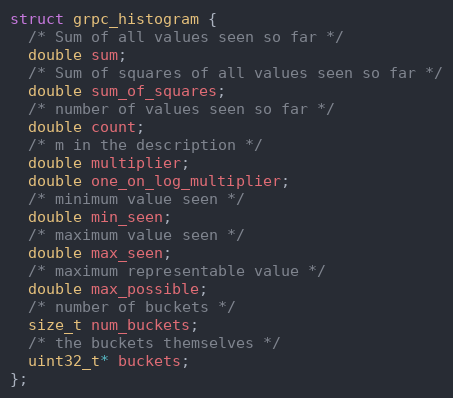
Language: C++
struct grpc_histogram {
  /* Sum of all values seen so far */
  double sum;
  /* Sum of squares of all values seen so far */
  double sum_of_squares;
  /* number of values seen so far */
  double count;
  /* m in the description */
  double multiplier;
  double one_on_log_multiplier;
  /* minimum value seen */
  double min_seen;
  /* maximum value seen */
  double max_seen;
  /* maximum representable value */
  double max_possible;
  /* number of buckets */
  size_t num_buckets;
  /* the buckets themselves */
  uint32_t* buckets;
};